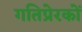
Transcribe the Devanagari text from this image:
गतिप्रेरकों